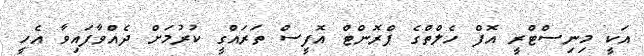
އަކީ މިނިސްޓްރީ އޮފް ހެލްތްގެ ޕްރޮންޓް އޮފީސް ތަރައްގީ ކުރުމަށް ދެއްވާފައިވާ އެހީ